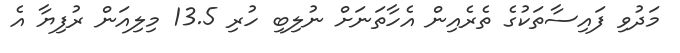
މަދުވި ފައިސާތަކުގެ ތެރެއިން އެހާތަނަށް ނުލިބި ހުރި 13.5 މިލިއަން ރުފިޔާ އެ